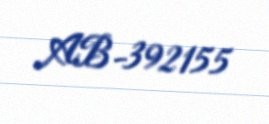
AB-392155